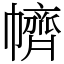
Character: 䶓